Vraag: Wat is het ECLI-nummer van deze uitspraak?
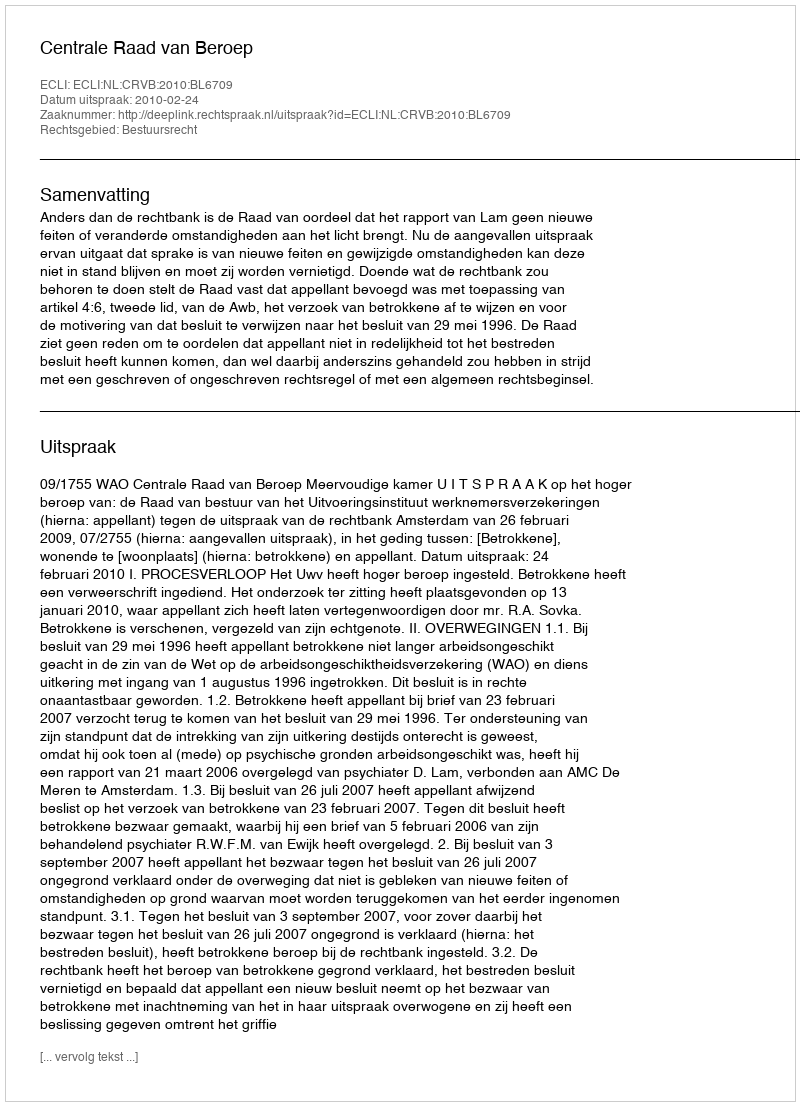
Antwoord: ECLI:NL:CRVB:2010:BL6709